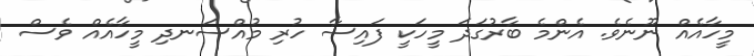
މީހާއެއް ނޫނެވެ. އެންމެ ބާރުގަދަ މީހަކީ ފައިސާ ހުރި މުއްސަނދި މީހާއެއް ވެސް